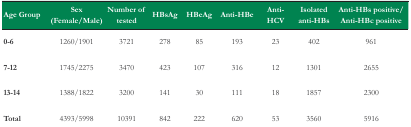
| Age Group | Sex (Female/Male) | Number of tested | HBsAg | HBeAg | Anti-HBe | Anti-HCV | Isolated anti-HBs | Anti-HBs positive/Anti-HBc positive |
 | --- | --- | --- | --- | --- | --- | --- | --- | --- |
 | 0-6 | 1260/1901 | 3721 | 278 | 85 | 193 | 23 | 402 | 961 |
 | 7-12 | 1745/2275 | 3470 | 423 | 107 | 316 | 12 | 1301 | 2655 |
 | 13-14 | 1388/1822 | 3200 | 141 | 30 | 111 | 18 | 1857 | 2300 |
 | Total | 4393/5998 | 10391 | 842 | 222 | 620 | 53 | 3560 | 5916 |